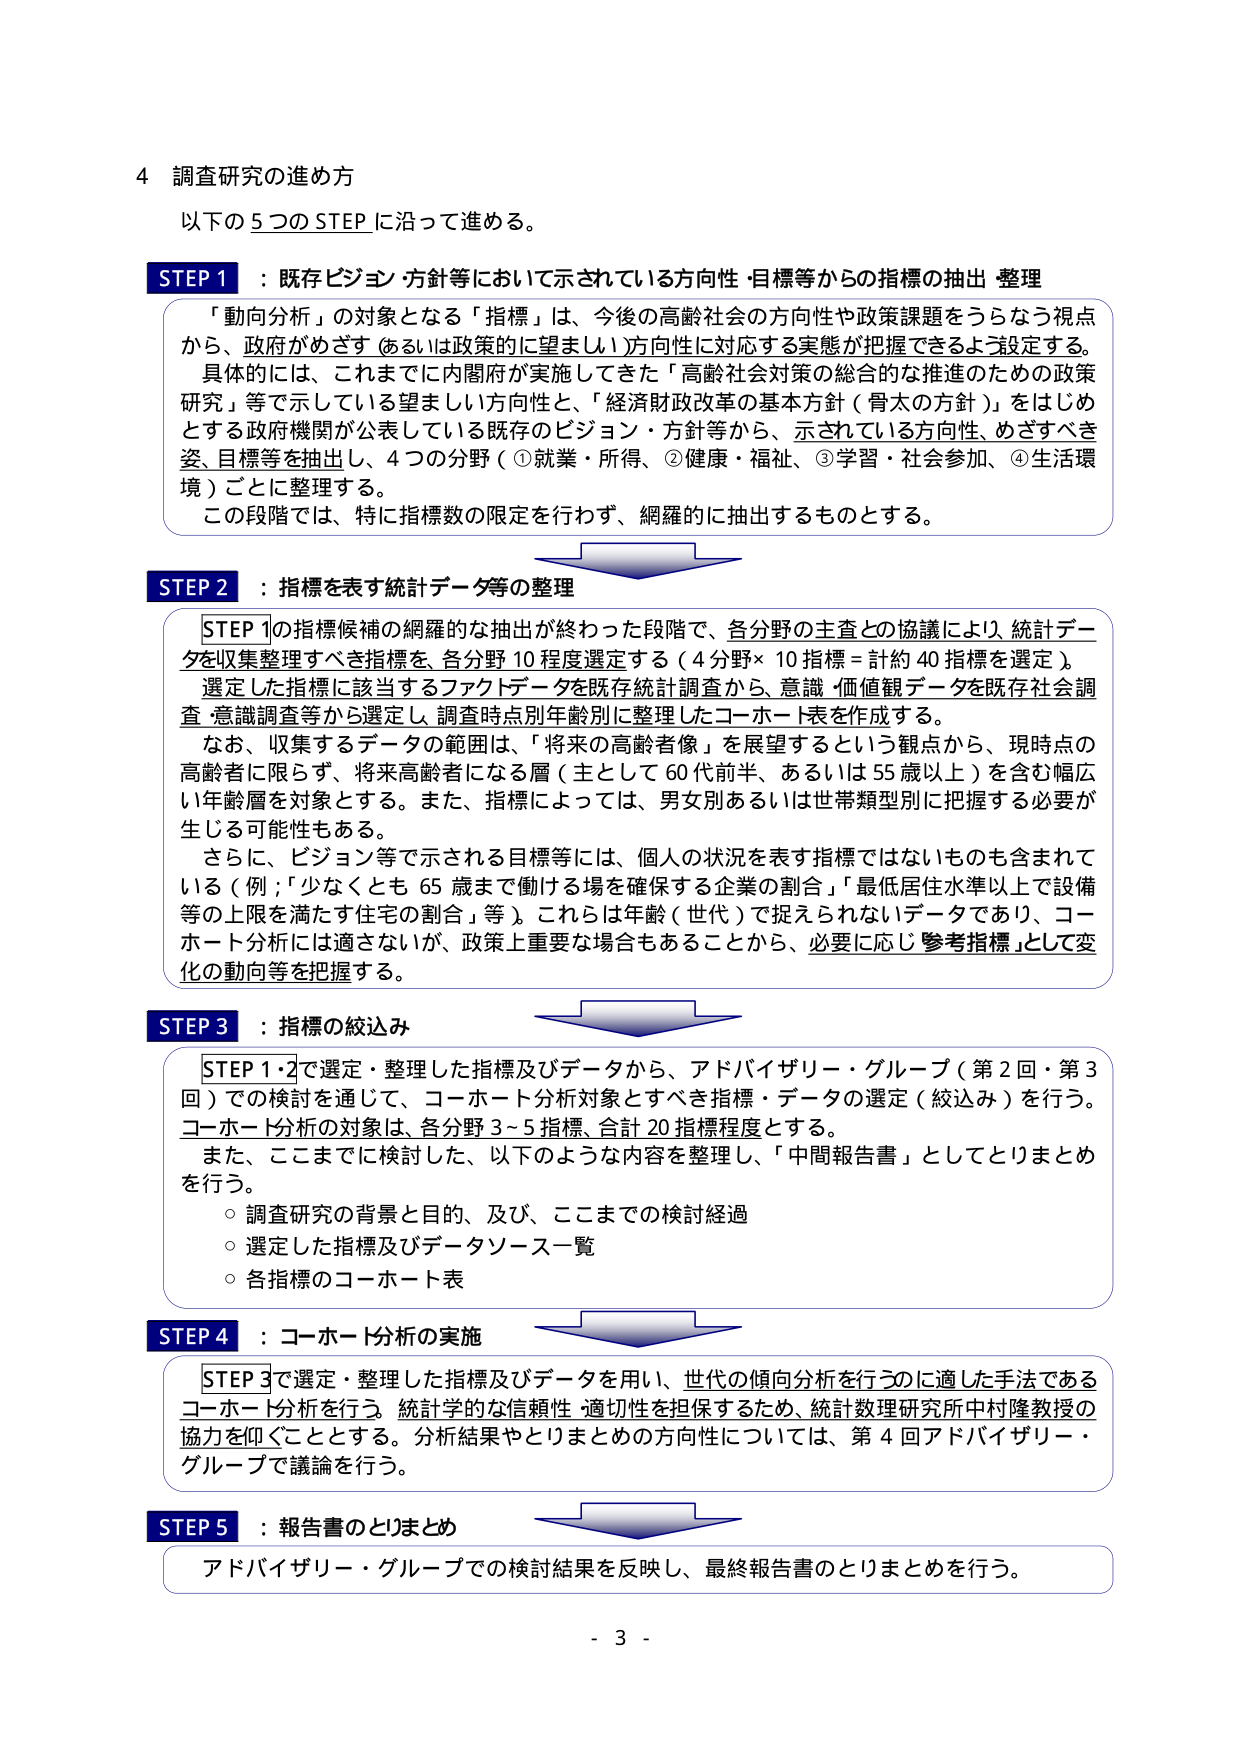
4 調査研究の進め方
以下の5つのSTEPに沿って進める。

**STEP 1**：既存ビジョン・方針等において示されている方向性・目標等からの指標の抽出・整理
「動向分析」の対象となる「指標」は、今後の高齢社会の方向性や政策課題をうらなう視点から、政府がめざす（あるいは政策に望ましい）方向性に対応する実態が把握できるよう設定する。具体的には、これまでに内閣府が実施してきた「高齢社会対策の総合的な推進のための政策研究」等で示している望ましい方向性と、「経済財政改革の基本方針（骨太の方針）」をはじめとする政府機関が公表している既存のビジョン・方針等から、示されている方向性、めざすべき姿、目標等を抽出し、4つの分野（①就業・所得、②健康・福祉、③学習・社会参加、④生活環境）ごとに整理する。
この段階では、特に指標数の限定を行わず、網羅的に抽出するものとする。

**STEP 2**：指標を表す統計データ等の整理
STEP 1の指標候補の網羅的な抽出が終わった段階で、各分野の主査との協議により、統計データを収集整理すべき指標を、各分野10程度選定する（4分野×10指標＝計約40指標を選定）。選定した指標に該当するファクトデータを既存統計調査から、意識・価値観データを既存社会調査・意識調査等から選定し、調査時点別年齢別に整理したコホート表を作成する。
なお、収集するデータの範囲は、「将来の高齢者像」を展望するという観点から、現時点の高齢者に限らず、将来高齢者になる層（主として60代前半、あるいは55歳以上）を含む幅広い年齢層を対象とする。また、指標によっては、男女別あるいは世帯類型別に把握する必要が生じる可能性もある。
さらに、ビジョン等で示される目標等には、個人の状況を表す指標ではないものも含まれている（例；「少なくとも65歳まで働ける場を確保する企業の割合」「最低居住水準以上で設備等の上限を満たす住宅の割合」等）。これらは年齢（世代）で捉えられないデータであり、コホート分析には適さないが、政策上重要な場合もあることから、必要に応じ参考指標として変化の動向等を把握する。

**STEP 3**：指標の絞込み
STEP 1・2で選定・整理した指標及びデータから、アドバイザリー・グループ（第2回・第3回）での検討を通じて、コホート分析対象とすべき指標・データの選定（絞込み）を行う。コホート分析の対象は、各分野3～5指標、合計20指標程度とする。
また、ここまでに検討した、以下のような内容を整理し、「中間報告書」としてとりまとめを行う。
○ 調査研究の背景と目的、及び、これまでの検討経過
○ 選定した指標及びデータソース一覧
○ 各指標のコホート表

**STEP 4**：コホート分析の実施
STEP 3で選定・整理した指標及びデータを用い、世代の傾向分析を行うのに適した手法であるコホート分析を行う。統計学的な信頼性・適切性を担保するため、統計数理研究所中村隆教授の協力を仰ぐこととする。分析結果やとりまとめの方向性については、第4回アドバイザリー・グループで議論を行う。

**STEP 5**：報告書のとりまとめ
アドバイザリー・グループでの検討結果を反映し、最終報告書のとりまとめを行う。

- 3 -